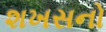
શખસનો